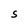
Character: S